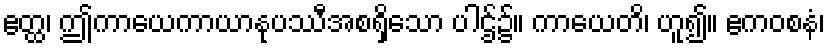
ဧတ္ထ၊ ဤကာယေကာယာနုပဿီအစရှိသော ပါဌ်၌။ ကာယေတိ၊ ဟူ၍။ ဧကဝစနံ၊